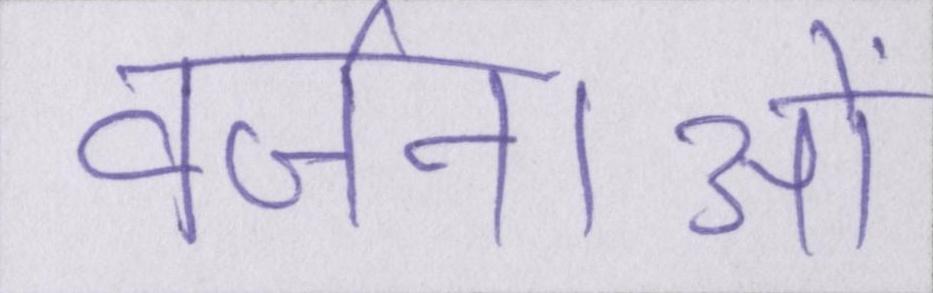
वर्जनाओं